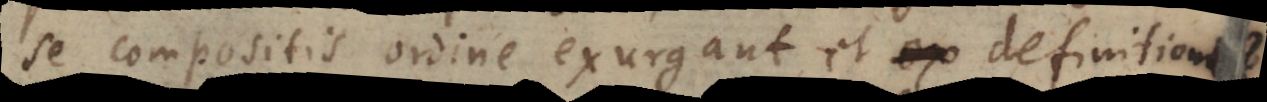
se compositis ordine exurgant et ex definitionibu